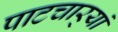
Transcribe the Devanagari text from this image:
पाटचार्‍यां